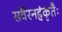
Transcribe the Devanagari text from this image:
सर्वैरनहंकृतैः